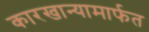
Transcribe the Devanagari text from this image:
कारखान्यामार्फत